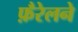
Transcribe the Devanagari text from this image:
फ़ैरेलने